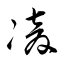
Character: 凌